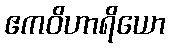
ဧကဝိဟာရိယော